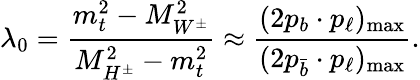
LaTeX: \lambda_{0}=\frac{m_{t}^{2}-M_{W^{\pm}}^{2}}{M_{H^{\pm}}^{2}-m_{t}^{2}}\approx\frac{(2p_{b}\cdot p_{\ell})_{\mathrm{max}}}{(2p_{\bar{b}}\cdot p_{\ell})_{\mathrm{max}}}.